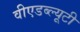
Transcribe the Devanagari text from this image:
वीएडब्ल्यूटी